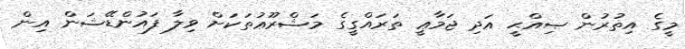
މީގެ އިތުރުން ޞިއްޙީ އަދި ޖަމާޢީ ތަރައްގީގެ މަޝްރޫޢުތަކަށް ވިލާ ފައުންޑޭޝަން އިން